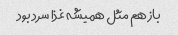
باز هم مثل همیشه غذا سرد بود